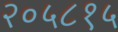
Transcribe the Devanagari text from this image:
२०५८१५